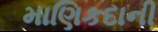
માણિકદાની